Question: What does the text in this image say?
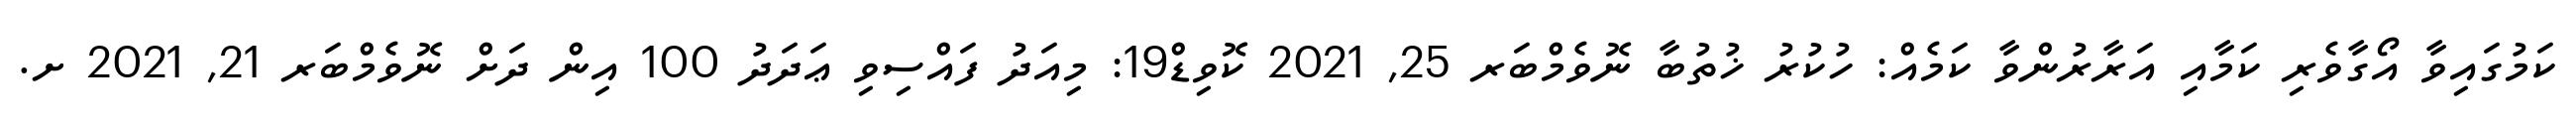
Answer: ކަމުގައިވާ އޯގާވެރި ކަމާއި އަރާރުންވާ ކަމެއް: ހުކުރު ޚުތުބާ ނޮވެމްބަރ 25, 2021 ކޮވިޑް19: މިއަދު ފައްސިވި ޢަދަދު 100 އިން ދަށް ނޮވެމްބަރ 21, 2021 ށ.